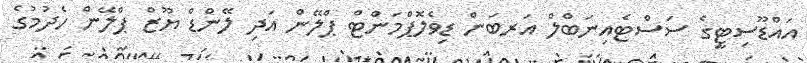
އައްޑޫސިޓީގެ ސަސްޓެއިނަބްލް އަރބަން ޑިވެލޮޕްމަންޓް ޕްލޭން އަދި ލޭންޑް ޔޫޒް ޕްލޭން ހެދުމުގެ